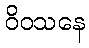
ဝိဝသနေ